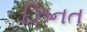
ઝિનત